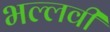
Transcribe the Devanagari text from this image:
भल्लवी